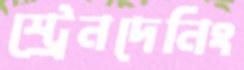
স্ট্রেনদেনিং